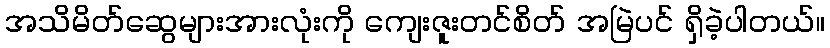
အသိမိတ်ဆွေများအားလုံးကို ကျေးဇူးတင်စိတ် အမြဲပင် ရှိခဲ့ပါတယ်။